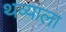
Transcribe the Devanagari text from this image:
थव्याला